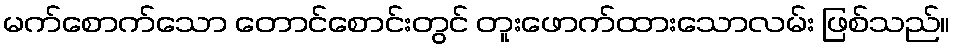
မက်စောက်သော တောင်စောင်းတွင် တူးဖောက်ထားသောလမ်း ဖြစ်သည်။